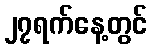
၂၇ရက်နေ့တွင်